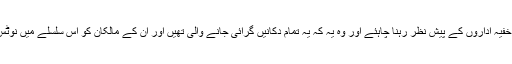
ایک اور اطلاع بھی ہمارے خفیہ اداروں کے پیشِ نظر رہنا چاہئے اور وہ یہ کہ یہ تمام دکانیں گرائی جانے والی تھیں اور ان کے مالکان کو اس سلسلے میں نوٹس بھی جاری ہو چکے تھے!